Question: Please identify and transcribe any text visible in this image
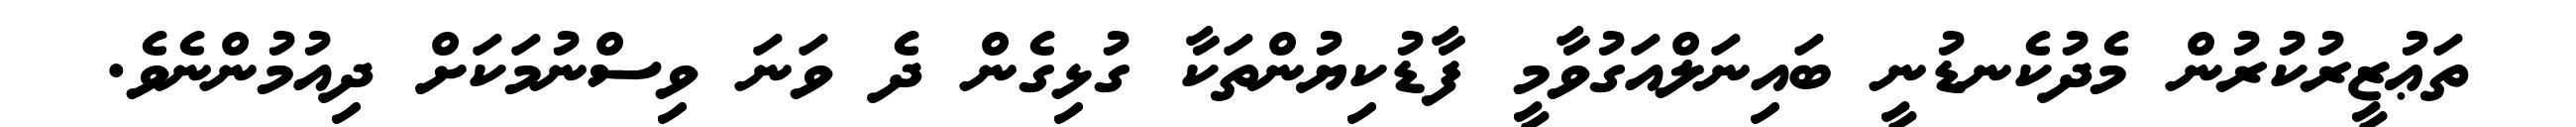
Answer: ތަޢުޒީރުކުރުން މެދުކެނޑުނީ ބައިނަލްއަގުވާމީ ފާޑުކިޔުންތަކާ ގުޅިގެން ދެ ވަނަ ވިސްނުމަކަށް ދިއުމުންނެވެ.